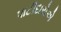
પાટીદારોએ